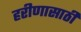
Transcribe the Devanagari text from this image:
हरीणासाठी